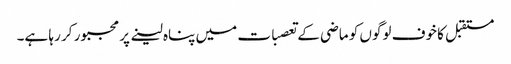
مستقبل کا خوف لوگوں کو ماضی کے تعصبات میں پناہ لینے پر مجبور کر رہا ہے۔